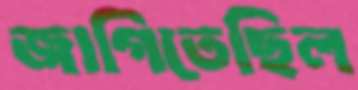
জাগিতেছিল